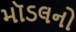
મૉડલનો